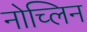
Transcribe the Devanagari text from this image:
नोच्लिन